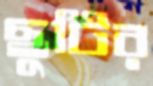
ছুটির